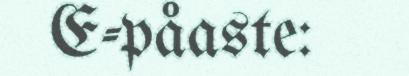
E-påaste: